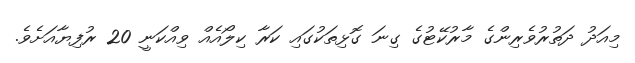
މިއަދު ދަތުރުވެރިންގެ މާރުކޭޓުގެ ގިނަ ގޮޅިތަކުގައި ކަރާ ކިލޯއެއް ވިއްކަނީ 20 ރުފިޔާއަށެވެ.